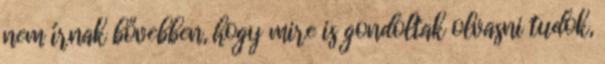
nem írnak bővebben, hogy mire is gondoltak olvasni tudok,